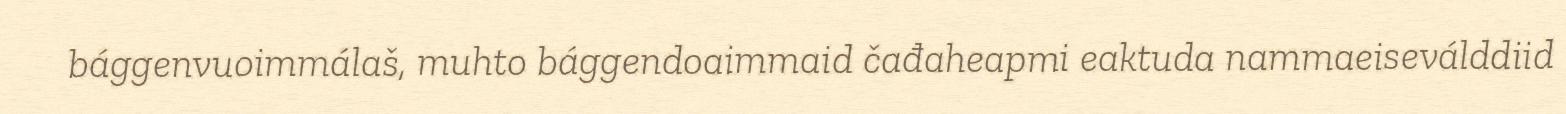
bággenvuoimmálaš, muhto bággendoaimmaid čađaheapmi eaktuda nammaeiseválddiid